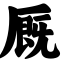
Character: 厩